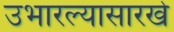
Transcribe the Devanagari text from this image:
उभारल्यासारखे